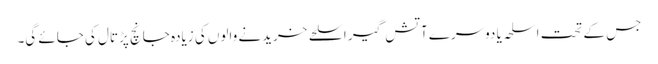
جس کے تحت اسلحہ یا دوسرے آتش گیر اسلحے خریدنے والوں کی زیادہ جانچ پڑتال کی جائے گی۔